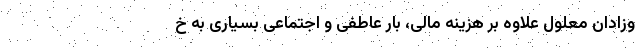
وزادان معلول علاوه بر هزینه مالی، بار عاطفی و اجتماعی بسیاری به خ